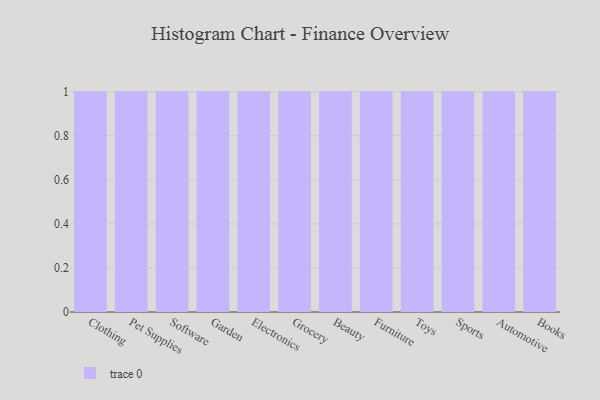
{"axis": {"x": "Category", "y": "Conversion Rate (%)"}, "legend": [""], "data": [{"x": "Clothing", "y": 70, "type": ""}, {"x": "Pet Supplies", "y": 9, "type": ""}, {"x": "Software", "y": 73, "type": ""}, {"x": "Garden", "y": 43, "type": ""}, {"x": "Electronics", "y": 39, "type": ""}, {"x": "Grocery", "y": 52, "type": ""}, {"x": "Beauty", "y": 52, "type": ""}, {"x": "Furniture", "y": 54, "type": ""}, {"x": "Toys", "y": 20, "type": ""}, {"x": "Sports", "y": 3, "type": ""}, {"x": "Automotive", "y": 33, "type": ""}, {"x": "Books", "y": 48, "type": ""}]}